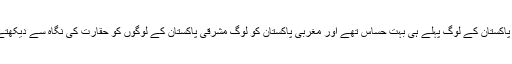
مشرقی پاکستان کے لوگ پہلے ہی بہت حساس تھے اور مغربی پاکستان کو لوگ مشرقی پاکستان کے لوگوں کو حقارت کی نگاہ سے دیکھتے تھے۔